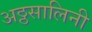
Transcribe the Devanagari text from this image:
अठ्ठसालिनी